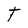
Character: t